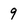
Character: 9